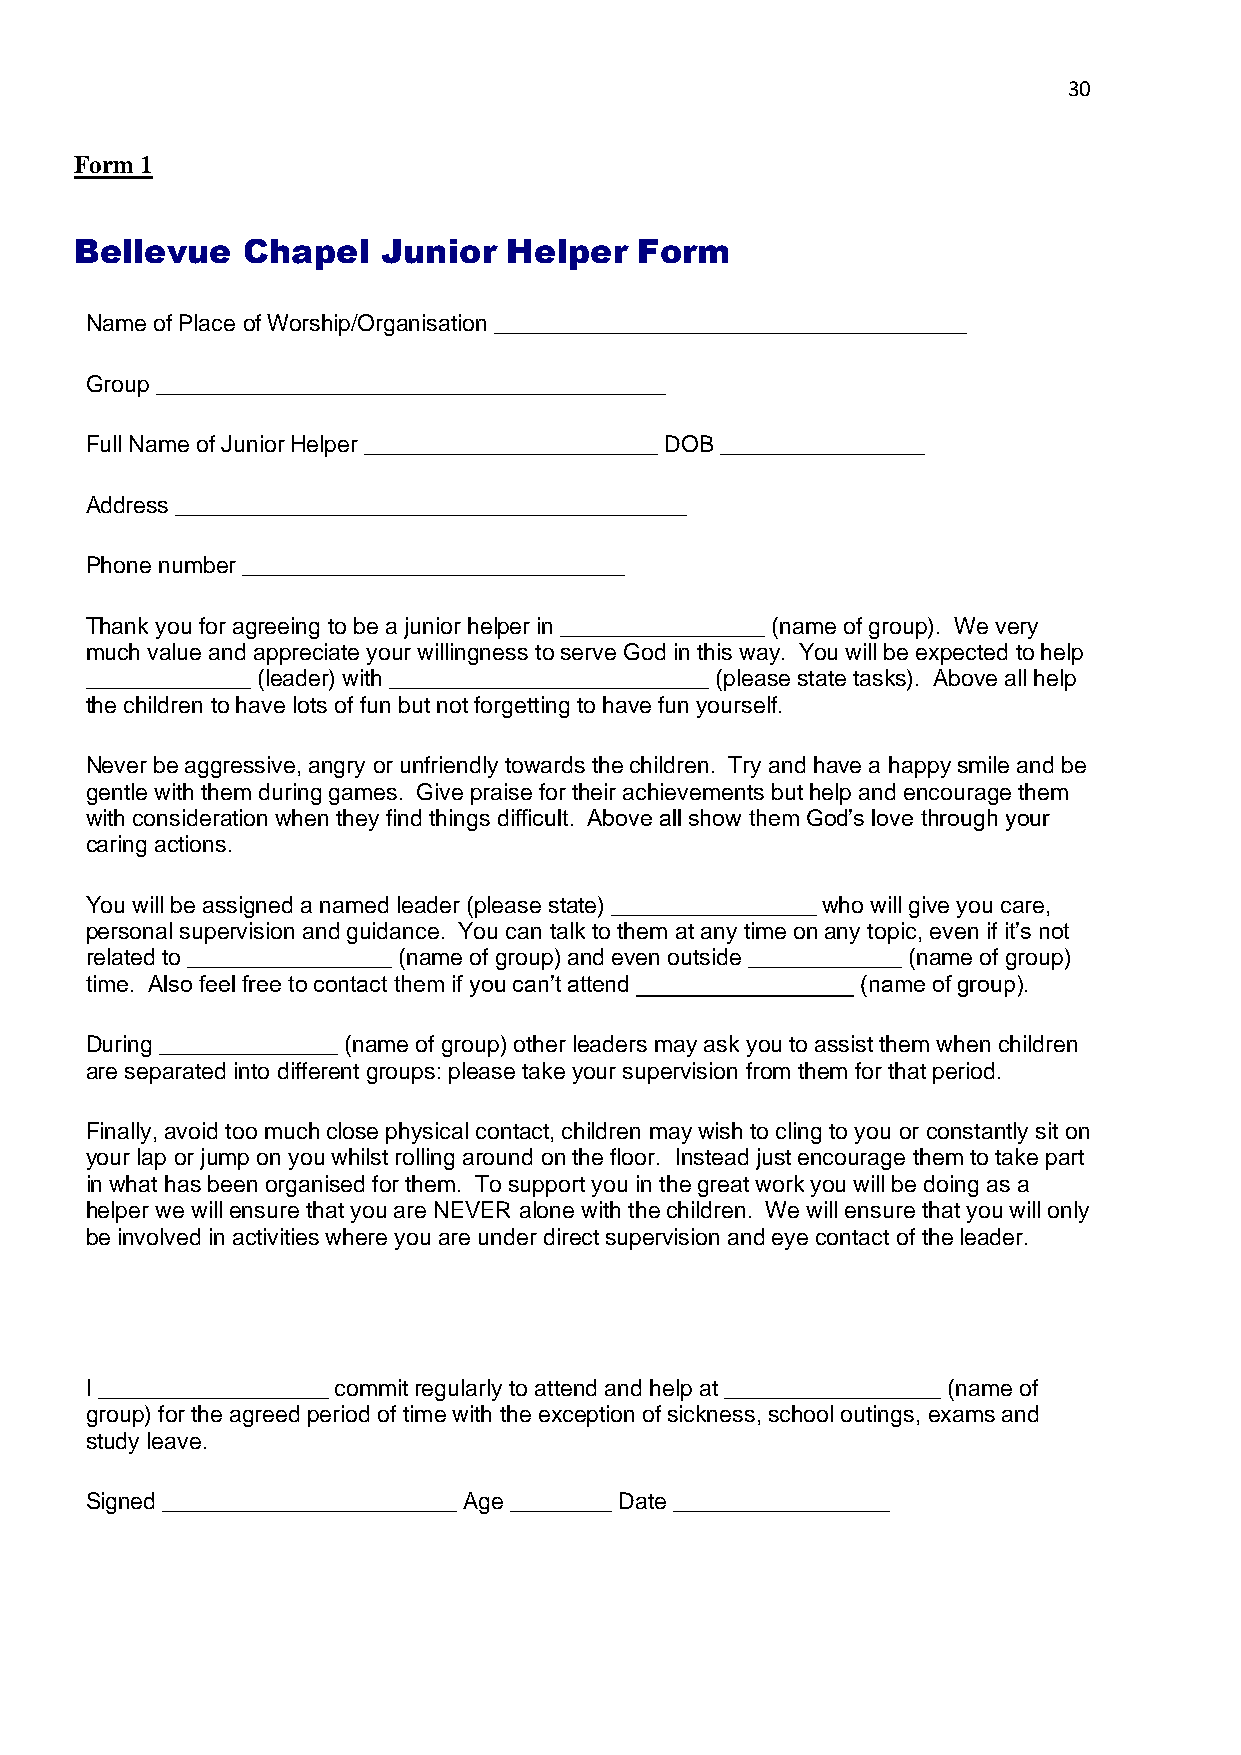
30
 Form 1
 Bellevue   Chapel   Junior   Helper  Form
 Name of Place of Worship/Organisation _____________________________________
 Group ________________________________________
 Full Name of Junior Helper _______________________ DOB ________________
 Address ________________________________________
 Phone number ______________________________
 Thank you for agreeing to be a junior helper in ________________ (name of group). We very
 much value and appreciate your willingness to serve God in this way. You will be expected to help
 _____________ (leader) with _________________________ (please state tasks). Above all help
 the children to have lots of fun but not forgetting to have fun yourself.
 Never be aggressive, angry or unfriendly towards the children. Try and have a happy smile and be
 gentle with them during games. Give praise for their achievements but help and encourage them
 with consideration when they find things difficult. Above all show them God’s love through your
 caring actions.
 You will be assigned a named leader (please state) ________________ who will give you care,
 personal supervision and guidance. You can talk to them at any time on any topic, even if it’s not
 related to ________________ (name of group) and even outside ____________ (name of group)
 time. Also feel free to contact them if you can’t attend _________________ (name of group).
 During ______________ (name of group) other leaders may ask you to assist them when children
 are separated into different groups: please take your supervision from them for that period.
 Finally, avoid too much close physical contact, children may wish to cling to you or constantly sit on
 your lap or jump on you whilst rolling around on the floor. Instead just encourage them to take part
 in what has been organised for them. To support you in the great work you will be doing as a
 helper we will ensure that you are NEVER alone with the children. We will ensure that you will only
 be involved in activities where you are under direct supervision and eye contact of the leader.
 I __________________ commit regularly to attend and help at _________________ (name of
 group) for the agreed period of time with the exception of sickness, school outings, exams and
 study leave.
 Signed _______________________ Age ________ Date _________________